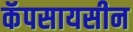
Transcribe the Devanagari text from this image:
कॅपसायसीन